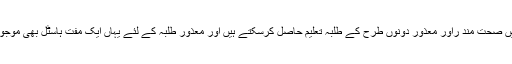
اس میں صحت مند راور معذور دونوں طرح کے طلبہ تعلیم حاصل کرسکتے ہیں اور معذور طلبہ کے لئے یہاں ایک مفت ہاسٹل بھی موجود ہے۔